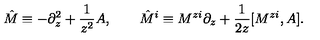
\hat { M } \equiv - \partial _ { z } ^ { 2 } + \frac { 1 } { z ^ { 2 } } A , \qquad \hat { M } ^ { i } \equiv M ^ { z i } \partial _ { z } + \frac { 1 } { 2 z } [ M ^ { z i } , A ] .